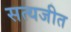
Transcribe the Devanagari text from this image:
सत्‍यजीत